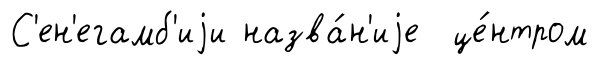
С'ен'егамб'иjи назва́н'иjе це́нтром